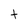
Character: t